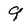
Character: 9